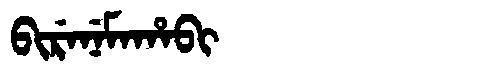
Manchu: ᠪᡳᡵᡝᠨᡝᠮᠠᡥᠠᠪᡳ
Romanization: BIRENEMAHABI